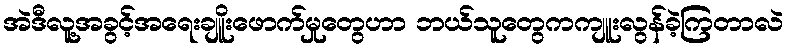
အဲဒီလူ့အခွင့်အရေးချိူးဖောက်မှုတွေဟာ ဘယ်သူတွေကကျူးလွန်ခဲ့ကြတာလဲ